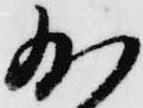
少